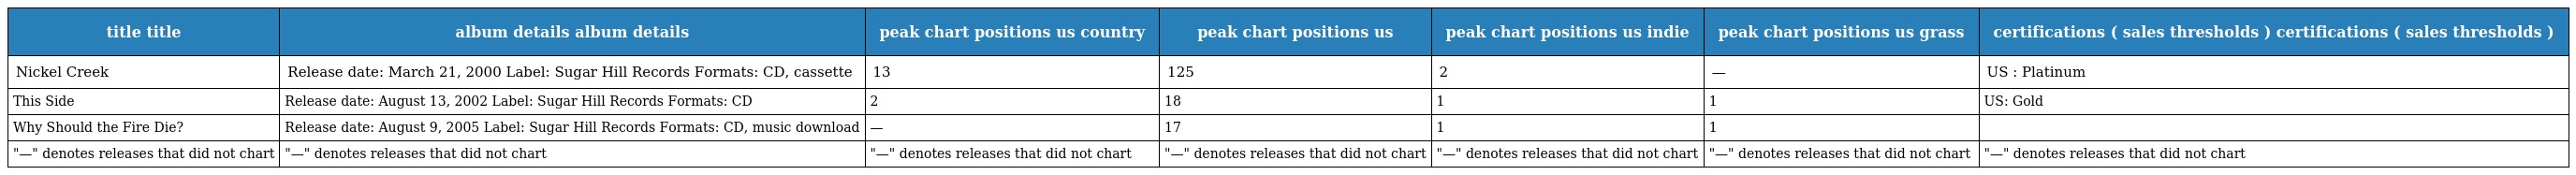
| title title | album details album details | peak chart positions us country | peak chart positions us | peak chart positions us indie | peak chart positions us grass | certifications ( sales thresholds ) certifications ( sales thresholds ) |
 | --- | --- | --- | --- | --- | --- | --- |
 | Nickel Creek | Release date: March 21, 2000 Label: Sugar Hill Records Formats: CD, cassette | 13 | 125 | 2 | — | US : Platinum |
 | This Side | Release date: August 13, 2002 Label: Sugar Hill Records Formats: CD | 2 | 18 | 1 | 1 | US: Gold |
 | Why Should the Fire Die? | Release date: August 9, 2005 Label: Sugar Hill Records Formats: CD, music download | — | 17 | 1 | 1 |  |
 | "—" denotes releases that did not chart | "—" denotes releases that did not chart | "—" denotes releases that did not chart | "—" denotes releases that did not chart | "—" denotes releases that did not chart | "—" denotes releases that did not chart | "—" denotes releases that did not chart |